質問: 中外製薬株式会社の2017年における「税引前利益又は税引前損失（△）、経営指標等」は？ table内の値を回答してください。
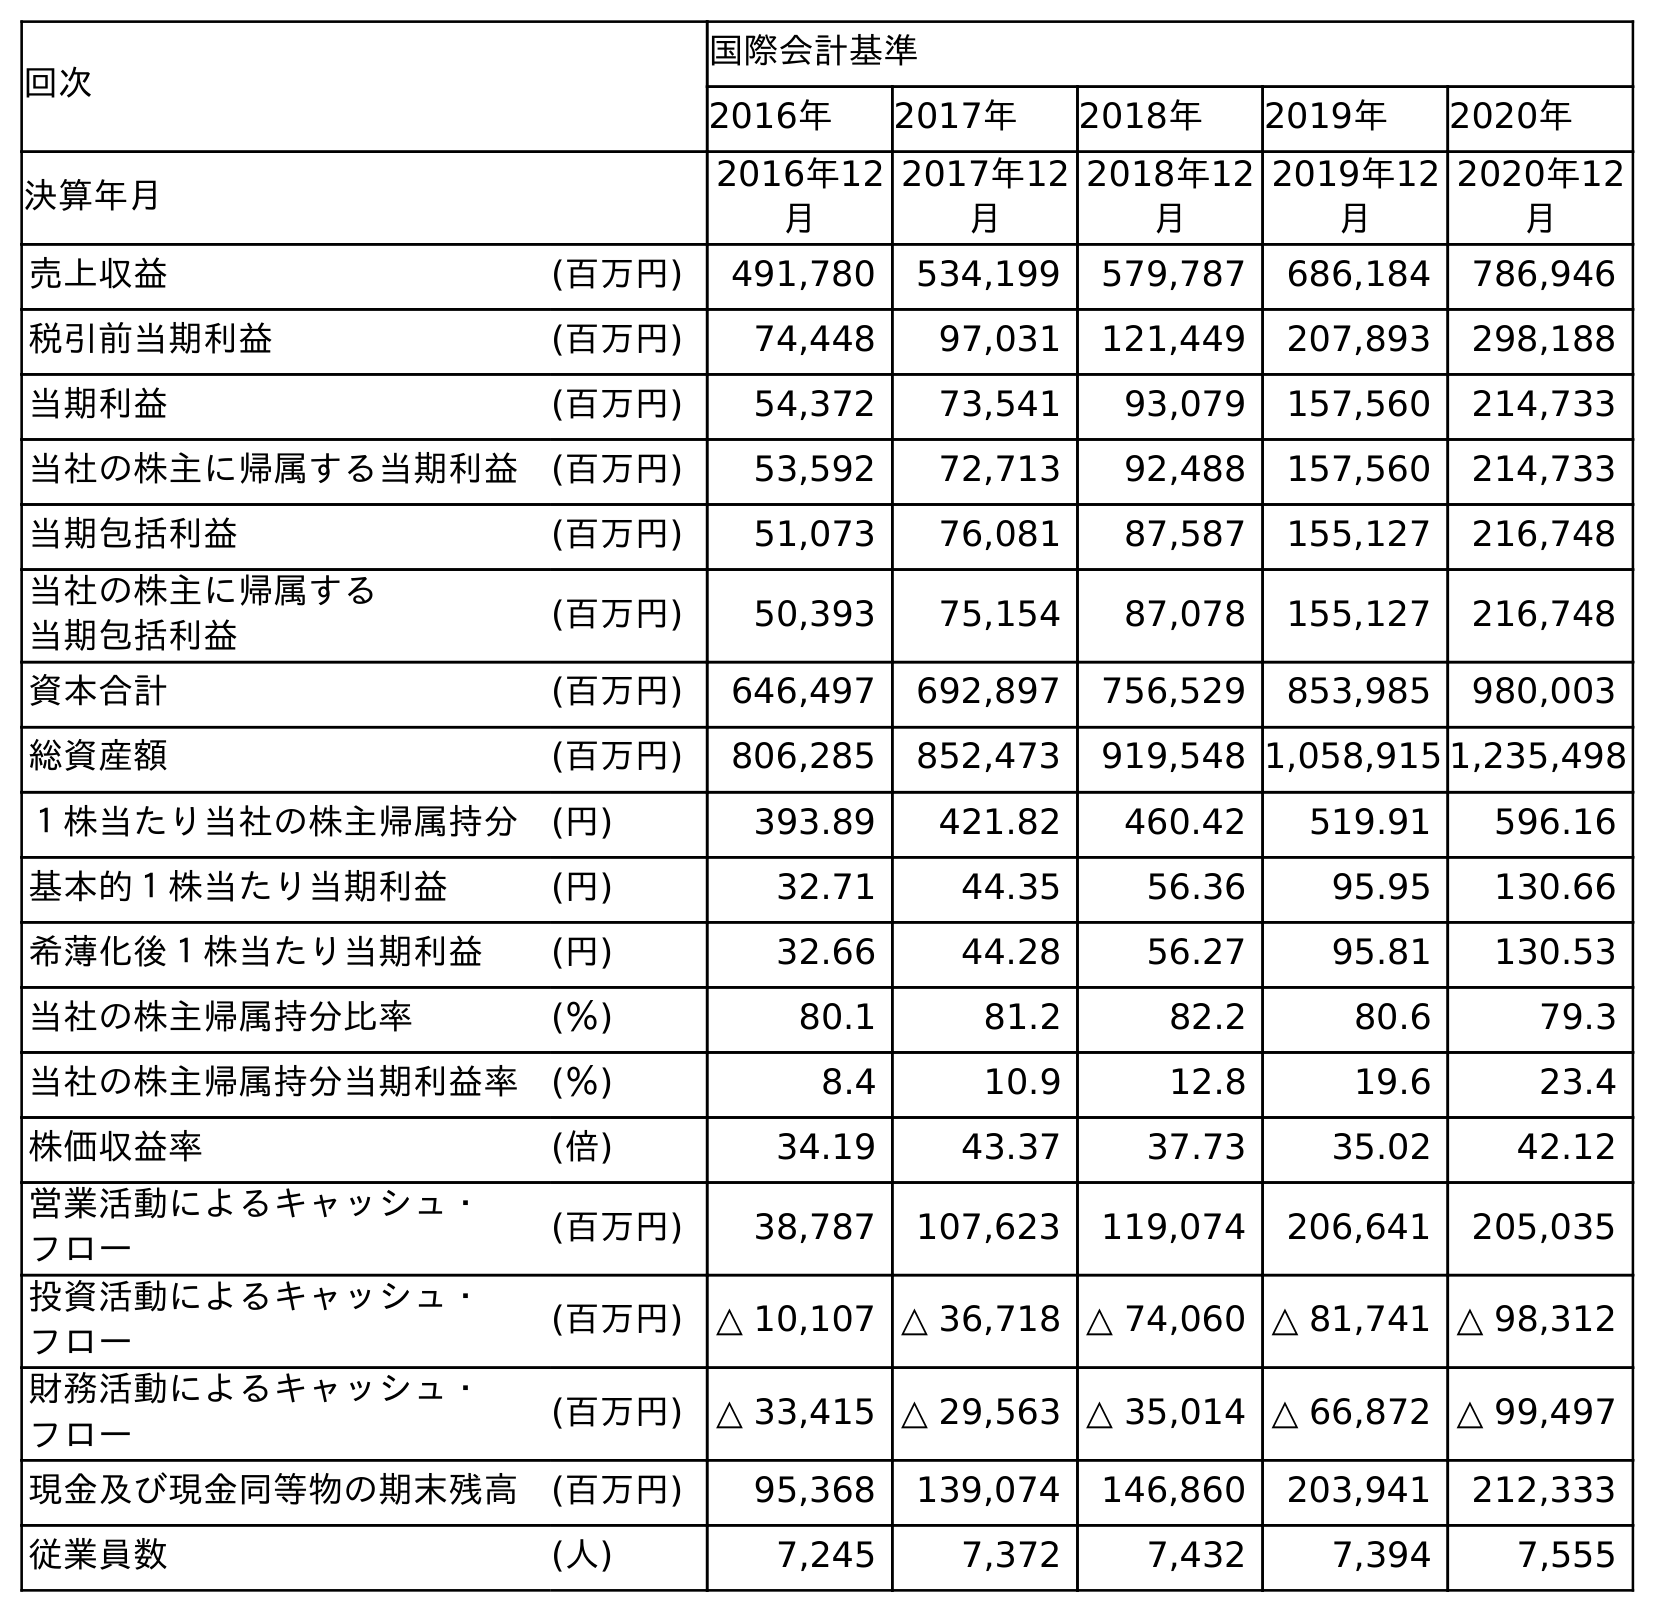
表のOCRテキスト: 回次 国際会計基準 2016年 2017年 2018年 2019年 2020年 決算年月 2016年12 月 2017年12 月 2018年12 月 2019年12 月 2020年12 月 売上収益 (百万円) 491,780 534,199 579,787 686,184 786,946 税引前当期利益 (百万円) 74,448 97,031 121,449 207,893 298,188 当期利益 (百万円) 54,372 73,541 93,079 157,560 214,733 当社の株主に帰属する当期利益 (百万円) 53,592 72,713 92,488 157,560 214,733 当期包括利益 (百万円) 51,073 76,081 87,587 155,127 216,748 当社の株主に帰属する 当期包括利益 (百万円) 50,393 75,154 87,078 155,127 216,748 資本合計 (百万円) 646,497 692,897 756,529 853,985 980,003 総資産額 (百万円) 806,285 852,473 919,548 1,058,915 1,235,498 １株当たり当社の株主帰属持分 (円) 393.89 421.82 460.42 519.91 596.16 基本的１株当たり当期利益 (円) 32.71 44.35 56.36 95.95 130.66 希薄化後１株当たり当期利益 (円) 32.66 44.28 56.27 95.81 130.53 当社の株主帰属持分比率 (％) 80.1 81.2 82.2 80.6 79.3 当社の株主帰属持分当期利益率 (％) 8.4 10.9 12.8 19.6 23.4 株価収益率 (倍) 34.19 43.37 37.73 35.02 42.12 営業活動によるキャッシュ・ フロー (百万円) 38,787 107,623 119,074 206,641 205,035 投資活動によるキャッシュ・ フロー (百万円) △ 10,107 △ 36,718 △ 74,060 △ 81,741 △ 98,312 財務活動によるキャッシュ・ フロー (百万円) △ 33,415 △ 29,563 △ 35,014 △ 66,872 △ 99,497 現金及び現金同等物の期末残高 (百万円) 95,368 139,074 146,860 203,941 212,333 従業員数 (人) 7,245 7,372 7,432 7,394 7,555
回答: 97,031